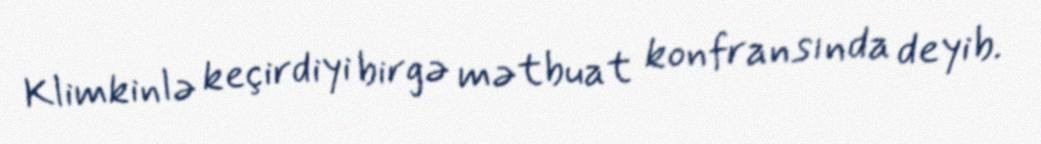
Klimkinlə keçirdiyi birgə mətbuat konfransında deyib.